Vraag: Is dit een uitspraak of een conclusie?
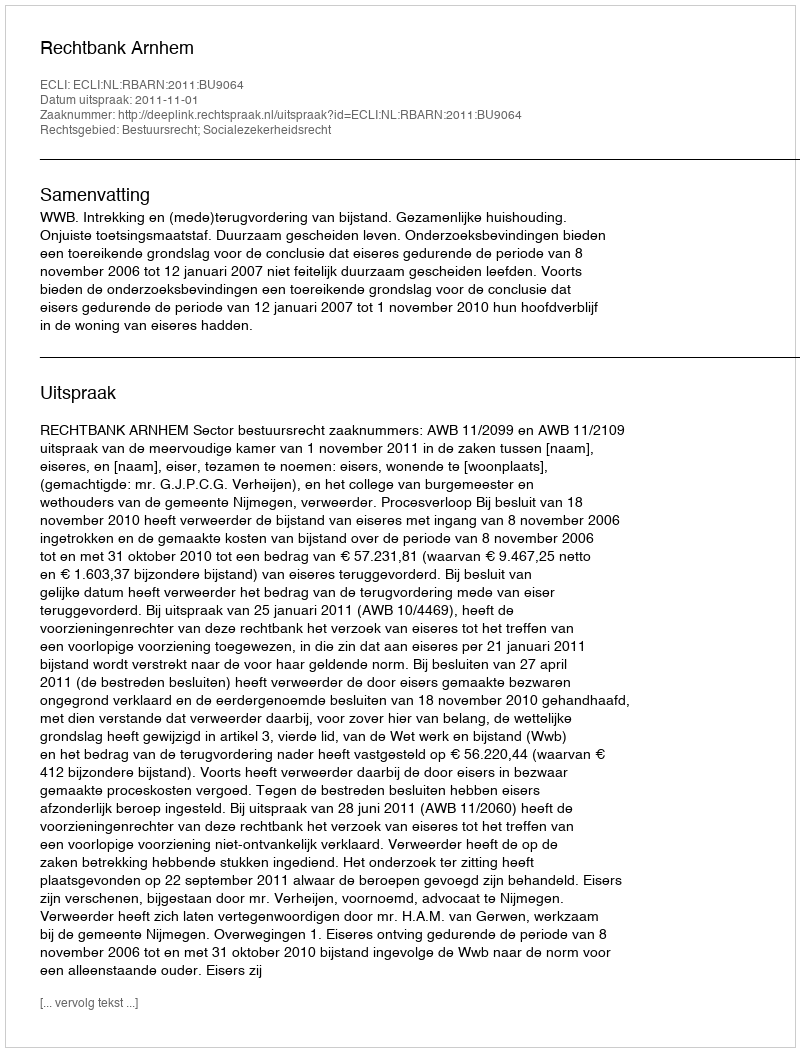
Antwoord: Uitspraak